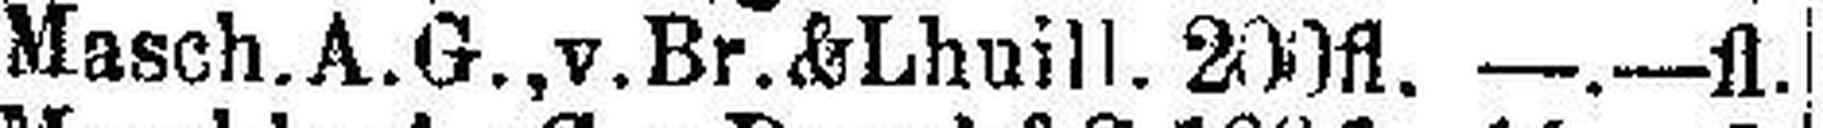
Masch.A.G., v.Br.&Lhuill. 200fl. —.—fl.